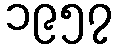
၁၉၅၇